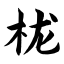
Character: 栊